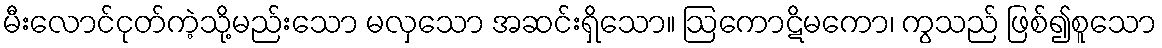
မီးလောင်ငုတ်ကဲ့သို့မည်းသော မလှသော အဆင်းရှိသော။ ဩကောဋိမကော၊ ကွသည် ဖြစ်၍စူသော